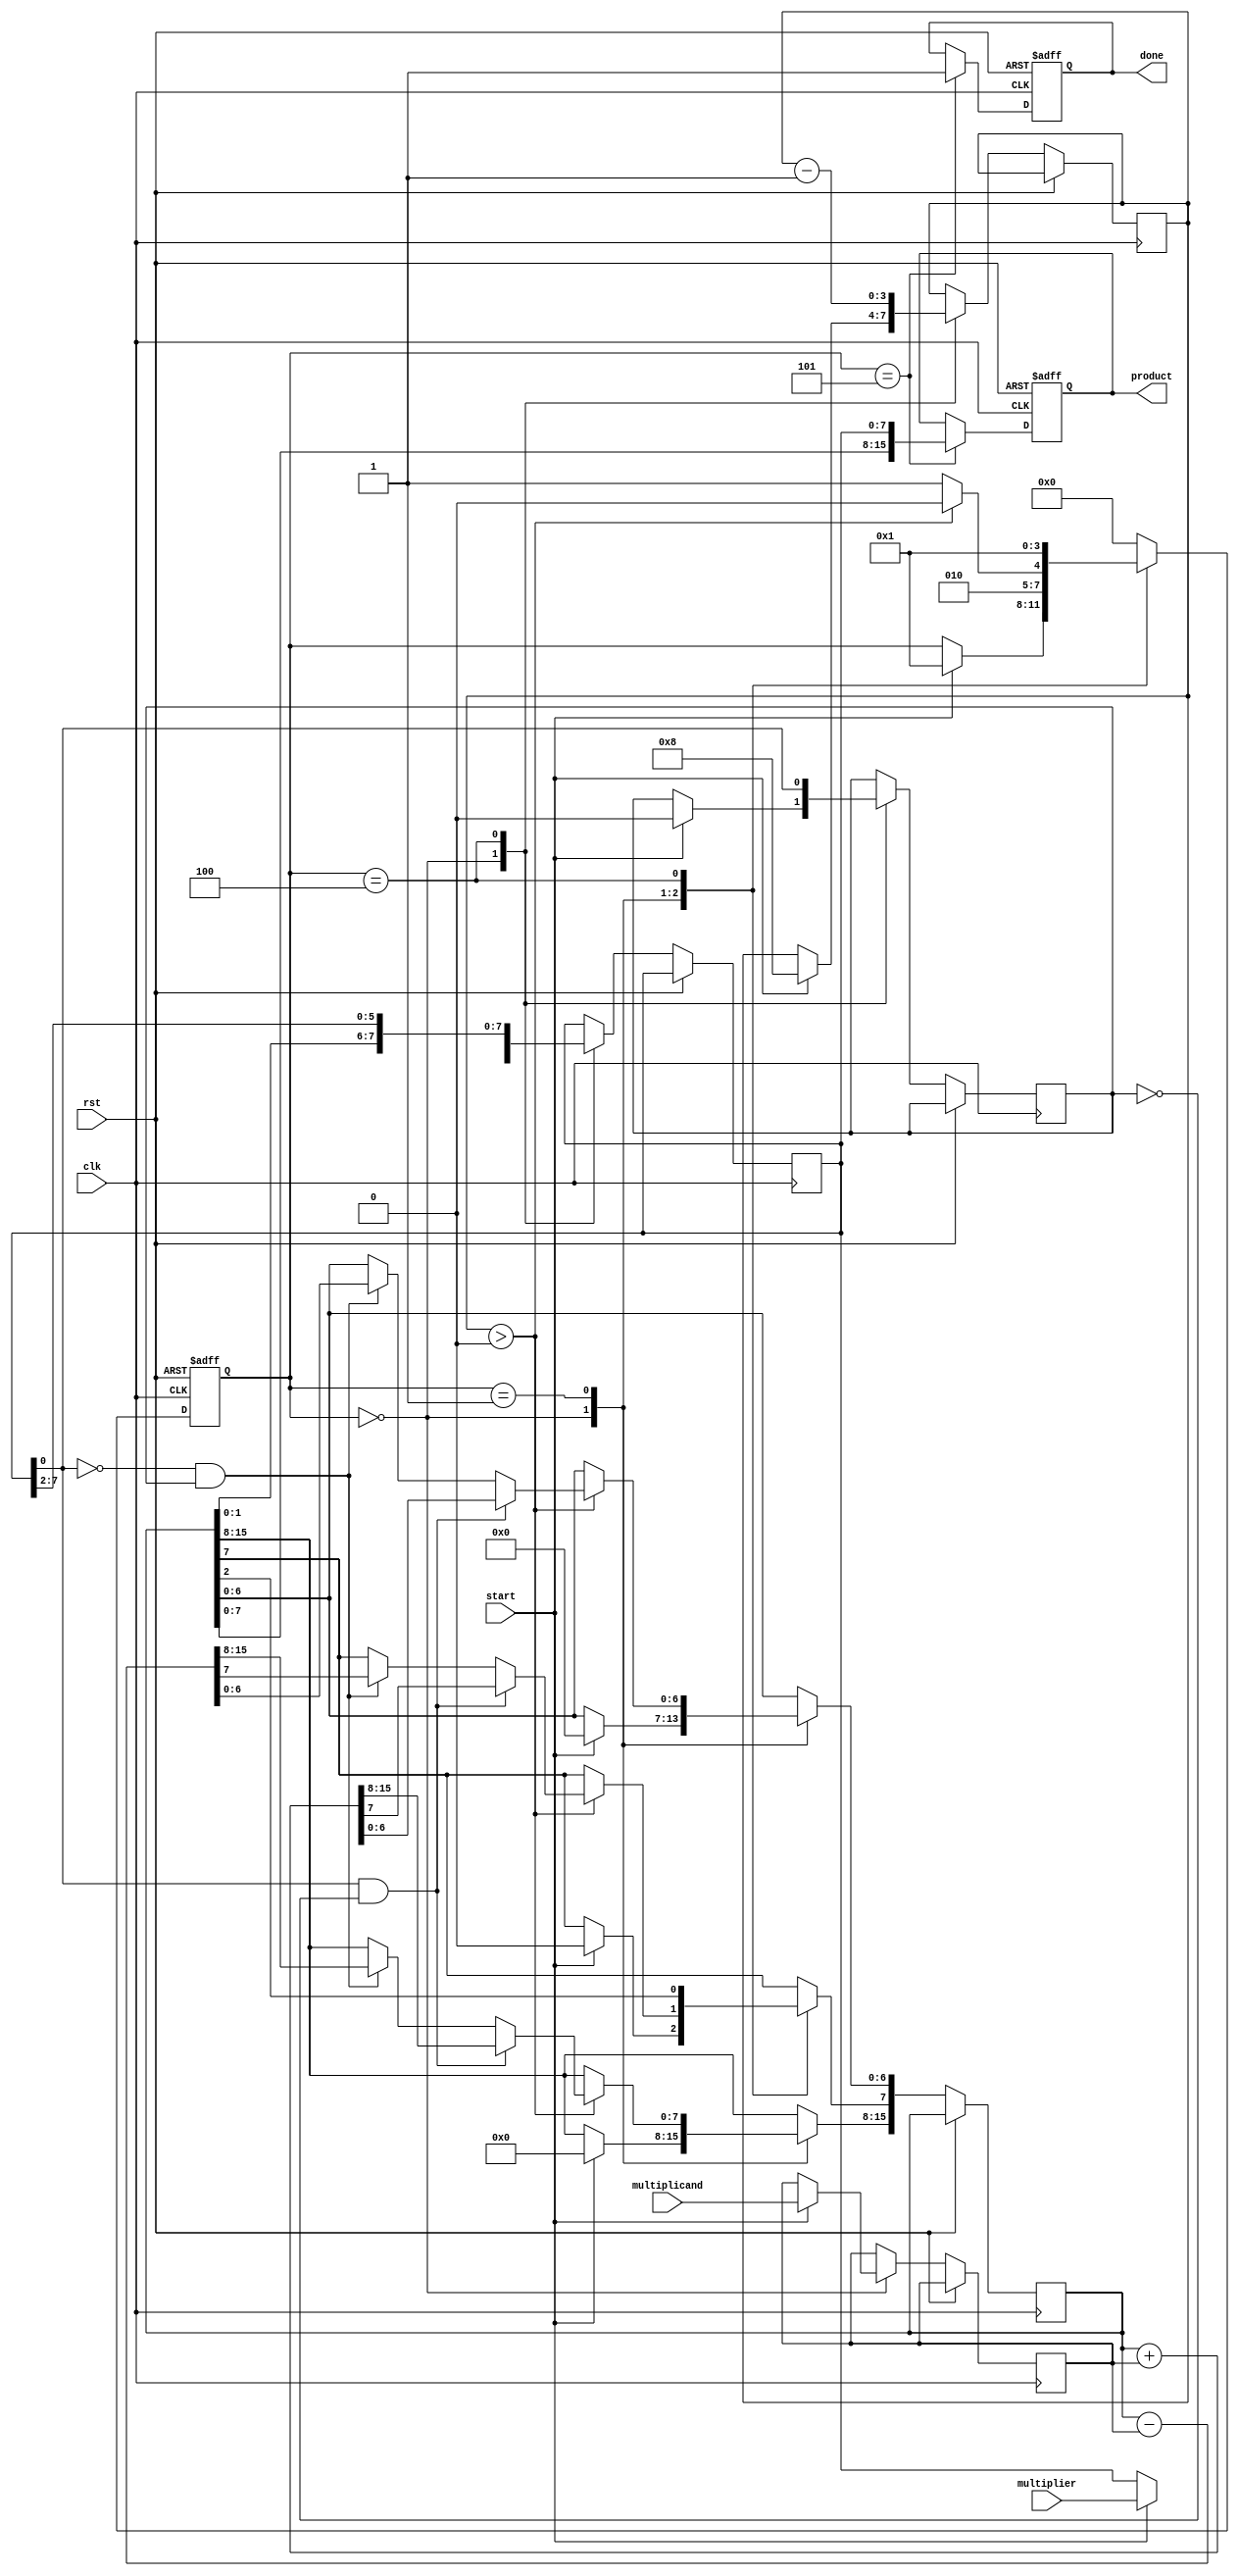
module booth_multiplier #(parameter N = 8) (
    input wire clk,
    input wire rst,
    input wire start,
    input wire signed [N-1:0] multiplicand,
    input wire signed [N-1:0] multiplier,
    output reg signed [2*N-1:0] product,
    output reg done
);

    // Registers
    reg signed [N-1:0] M; // Multiplicand
    reg signed [N-1:0] Q; // Multiplier
    reg signed [2*N-1:0] A; // Accumulator
    reg Q_1; // Previous LSB of Q
    reg [3:0] state; // FSM state
    reg [3:0] count; // Count for iterations

    // States
    localparam IDLE = 4'b0000,
               LOAD = 4'b0001,
               ADD = 4'b0010,
               SUB = 4'b0011,
               SHIFT = 4'b0100,
               DONE = 4'b0101;

    // FSM
    always @(posedge clk or posedge rst) begin
        if (rst) begin
            state <= IDLE;
            done <= 0;
            product <= 0;
        end else begin
            case (state)
                IDLE: begin
                    if (start) begin
                        M <= multiplicand;
                        Q <= multiplier;
                        A <= 0;
                        Q_1 <= 0;
                        count <= N; // Set count for N iterations
                        state <= LOAD;
                    end
                end

                LOAD: begin
                    if (count > 0) begin
                        if (Q[0] == 1 && Q_1 == 0) begin
                            A <= A + M; // A = A + M
                        end else if (Q[0] == 0 && Q_1 == 1) begin
                            A <= A - M; // A = A - M
                        end
                        state <= SHIFT;
                    end else begin
                        state <= DONE; // Move to done state
                    end
                end

                SHIFT: begin
                    // Arithmetic right shift
                    {A[N-1], Q, Q_1} <= {A[N-1], A, Q} >> 1;
                    Q_1 <= Q[0]; // Update Q-1
                    count <= count - 1; // Decrement count
                    state <= LOAD; // Go back to load state
                end

                DONE: begin
                    product <= {A, Q}; // Combine A and Q for final product
                    done <= 1; // Indicate multiplication is done
                    state <= IDLE; // Reset state machine
                end

                default: state <= IDLE; // Default case
            endcase
        end
    end
endmodule